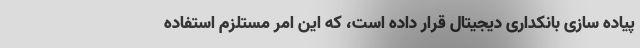
پیاده سازی بانکداری دیجیتال قرار داده است، که این امر مستلزم استفاده